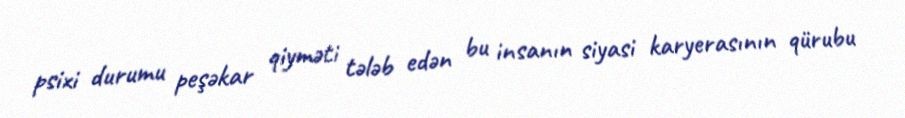
psixi durumu peşəkar qiyməti tələb edən bu insanın siyasi karyerasının qürubu